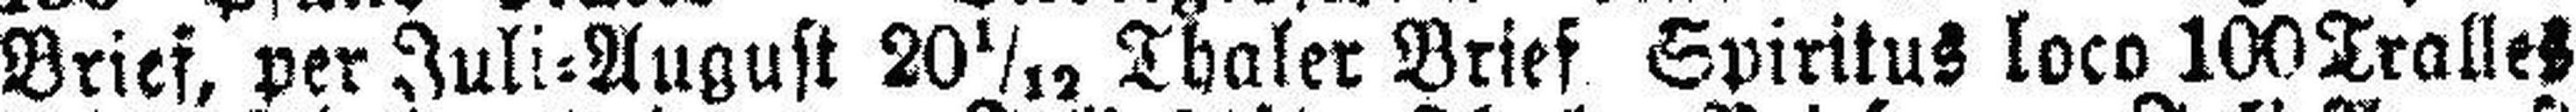
Brief, per Juli=August 20 1/12 Thaler Brief Spiritus loco 100 Tralles